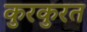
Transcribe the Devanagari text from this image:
कुरकुरत